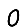
Digit: 0